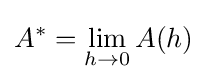
A^{\ast }=\lim _{h\to 0}A(h)